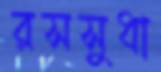
রসসুধা